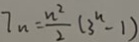
7 _ { n } = \frac { n ^ { 2 } } { 2 } ( 3 ^ { n } - 1 )